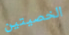
الخصيتين